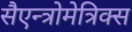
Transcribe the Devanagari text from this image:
सैएन्त्रोमेत्रिक्स